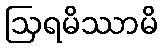
ဩရမိဿာမိ